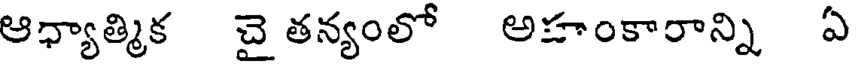
ఆధ్యాత్మిక చై తన్యంలో అహంకారాన్ని ఏ